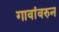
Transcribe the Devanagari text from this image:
गावांवरुन